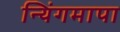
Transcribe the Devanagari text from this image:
न्यिंगमापा